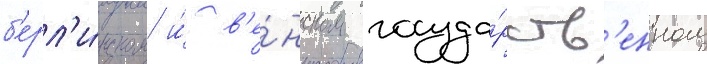
б'ерл'и́нском и́ в'е́нском госуда́рств'енном